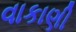
વાકાણી